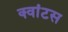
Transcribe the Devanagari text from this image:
क्‍वांटस